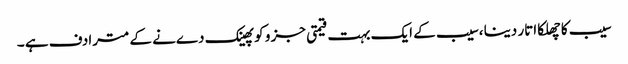
سیب کا چھلکا اتار دینا ،سیب کے ایک بہت قیمتی جز و کو پھینک دےنے کے مترادف ہے ۔